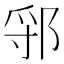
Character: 𬪃